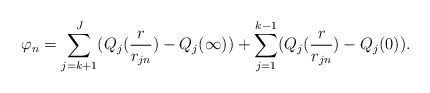
\begin{align*}\varphi_n=\sum_{j=k+1}^J(Q_j(\frac{r}{r_{jn}})-Q_j(\infty))+\sum_{j=1}^{k-1}(Q_j(\frac{r}{r_{jn}})-Q_j(0)).\end{align*}